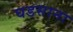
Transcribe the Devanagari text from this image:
घडसाना